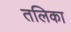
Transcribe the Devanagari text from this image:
तलिका